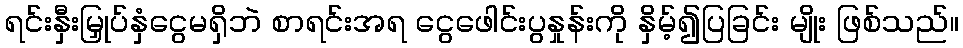
ရင်းနှီးမြှုပ်နှံငွေမရှိဘဲ စာရင်းအရ ငွေဖေါင်းပွနှုန်းကို နှိမ့်၍ပြခြင်း မျိုး ဖြစ်သည်။